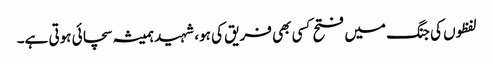
لفظوں کی جنگ میں فتح کسی بھی فریق کی ہو، شہید ہمیشہ سچائی ہوتی ہے۔